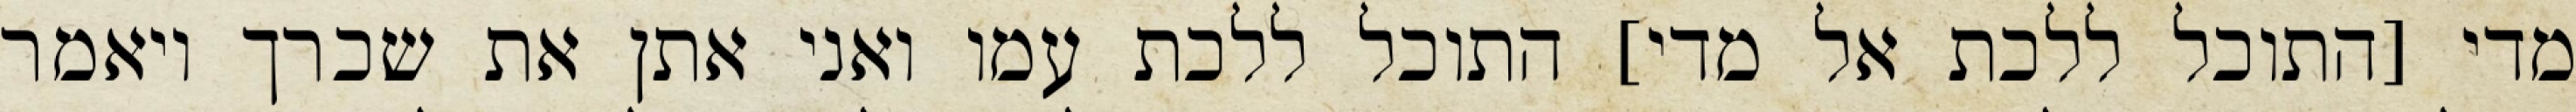
מדי [התוכל ללכת אל מדי] התוכל ללכת עמו ואני אתן את שכרך ויאמר